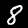
Label: 8